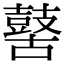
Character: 𪔐